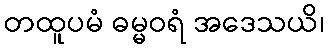
တထူပမံ ဓမ္မဝရံ အဒေသယိ၊